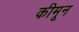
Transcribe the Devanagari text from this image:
कीमून